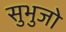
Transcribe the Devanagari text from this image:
सुभुजो